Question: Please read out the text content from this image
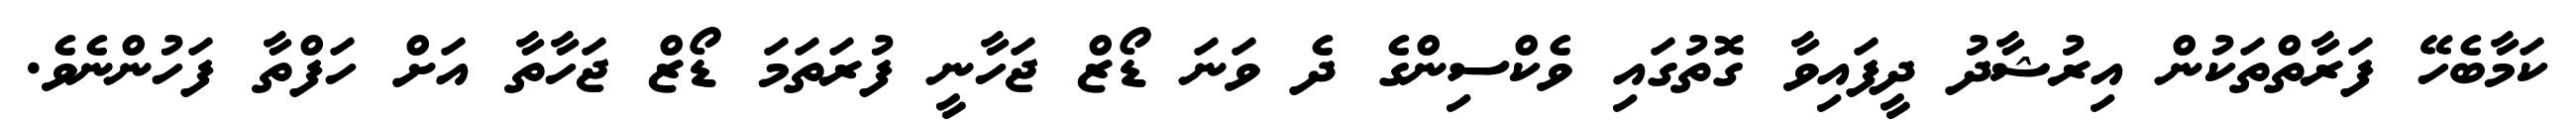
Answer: ކަމާބެހޭ ފަރާތްތަކުން އިރުޝާދު ދީފައިވާ ގޮތުގައި ވެކްސިންގެ ދެ ވަނަ ޑޯޒް ޖަހާނީ ފުރަތަމަ ޑޯޒް ޖަހާތާ އަށް ހަފްތާ ފަހުންނެވެ.